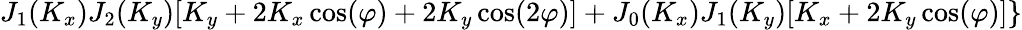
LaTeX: J_{1}(K_{x})J_{2}(K_{y})[K_{y}+2K_{x}\cos(\varphi)+2K_{y}\cos(2\varphi)]+J_{0}(K_{x})J_{1}(K_{y})[K_{x}+2K_{y}\cos(\varphi)]\}